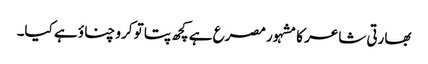
بھارتی شاعر کا مشہور مصرع ہے کچھ پتا تو کرو چناؤ ہے کیا۔